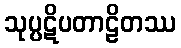
သုပ္ပဋိပတာဠိတဿ